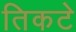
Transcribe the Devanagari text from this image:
तिकटे